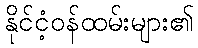
နိုင်ငံ့ဝန်ထမ်းများ၏